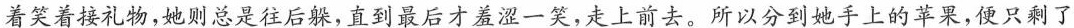
着笑着接礼物，她则总是往后躲，直到最后才羞涩一笑，走上前去。所以分到她手上的苹果，便只剩了